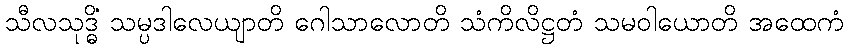
သီလသုဒ္ဓိံ သမ္ပဒါလေယျာတိ ဂေါသာလောတိ သံကိလိဋ္ဌတံ သမဝါယောတိ အထေကံ